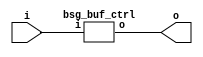


module top
(
  i,
  o
);

  output [63:0] o;
  input i;

  bsg_buf_ctrl
  wrapper
  (
    .o(o),
    .i(i)
  );


endmodule



module bsg_buf_ctrl
(
  i,
  o
);

  output [63:0] o;
  input i;
  wire [63:0] o;
  wire i;
  assign o[0] = i;
  assign o[1] = i;
  assign o[2] = i;
  assign o[3] = i;
  assign o[4] = i;
  assign o[5] = i;
  assign o[6] = i;
  assign o[7] = i;
  assign o[8] = i;
  assign o[9] = i;
  assign o[10] = i;
  assign o[11] = i;
  assign o[12] = i;
  assign o[13] = i;
  assign o[14] = i;
  assign o[15] = i;
  assign o[16] = i;
  assign o[17] = i;
  assign o[18] = i;
  assign o[19] = i;
  assign o[20] = i;
  assign o[21] = i;
  assign o[22] = i;
  assign o[23] = i;
  assign o[24] = i;
  assign o[25] = i;
  assign o[26] = i;
  assign o[27] = i;
  assign o[28] = i;
  assign o[29] = i;
  assign o[30] = i;
  assign o[31] = i;
  assign o[32] = i;
  assign o[33] = i;
  assign o[34] = i;
  assign o[35] = i;
  assign o[36] = i;
  assign o[37] = i;
  assign o[38] = i;
  assign o[39] = i;
  assign o[40] = i;
  assign o[41] = i;
  assign o[42] = i;
  assign o[43] = i;
  assign o[44] = i;
  assign o[45] = i;
  assign o[46] = i;
  assign o[47] = i;
  assign o[48] = i;
  assign o[49] = i;
  assign o[50] = i;
  assign o[51] = i;
  assign o[52] = i;
  assign o[53] = i;
  assign o[54] = i;
  assign o[55] = i;
  assign o[56] = i;
  assign o[57] = i;
  assign o[58] = i;
  assign o[59] = i;
  assign o[60] = i;
  assign o[61] = i;
  assign o[62] = i;
  assign o[63] = i;

endmodule